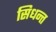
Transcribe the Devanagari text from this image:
सिधन्त